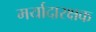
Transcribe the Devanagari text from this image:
मर्यादारक्षक